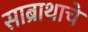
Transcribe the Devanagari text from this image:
साब्राथाचे